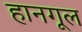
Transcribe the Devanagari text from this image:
हानगूल